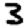
Digit: 3